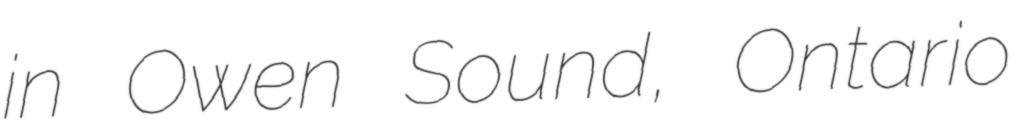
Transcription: in Owen Sound, Ontario